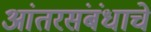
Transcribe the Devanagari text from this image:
आंतरसंबंधाचे